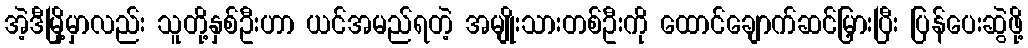
အဲ့ဒီမြို့မှာလည်း သူတို့နှစ်ဦးဟာ ယင်အမည်ရတဲ့ အမျိုးသားတစ်ဦးကို ထောင်ချောက်ဆင်မြှားပြီး ပြန်ပေးဆွဲဖို့